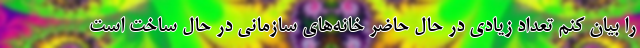
را بیان کنم تعداد زیادی در حال حاضر خانه‌های سازمانی در حال ساخت است